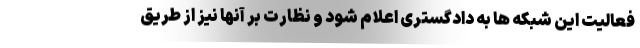
فعالیت این شبکه ها به دادگستری اعلام شود و نظارت بر آنها نیز از طریق